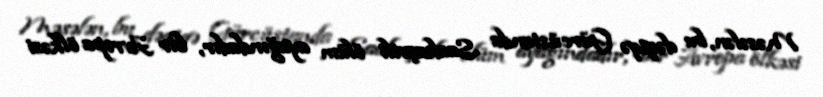
Məsələn, bu dəqiqə Gürcüstanda Saakaşvili ölüm ayağındadır, bir Avropa ölkəsi